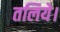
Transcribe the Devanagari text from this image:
तलिये।